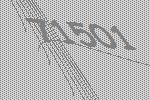
71501